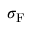
\sigma _ { \mathrm { F } }